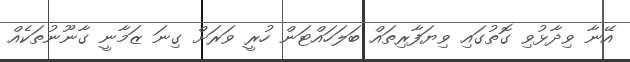
އޭނާ ވިދާޅުވި ގޮތުގައި ވިޔަފާރިތައް ބަލަހައްޓަން ހުރީ ވަރަށް ގިނަ ޒަމާނީ ގާނޫނުތަކެއް